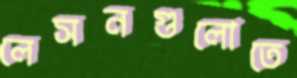
লেসনগুলোতে